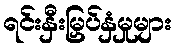
ရင်းနှီးမြှပ်နှံမှုများ